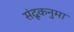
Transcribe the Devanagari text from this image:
संदूकनुमा